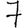
Digit: 7